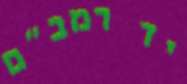
יד רמב"ם